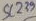
Text: 239